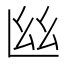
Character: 𢆸